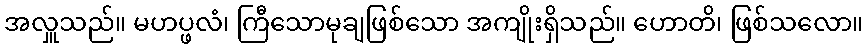
အလှူသည်။ မဟပ္ဖလံ၊ ကြီသောမုချဖြစ်သော အကျိုးရှိသည်။ ဟောတိ၊ ဖြစ်သလော။